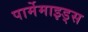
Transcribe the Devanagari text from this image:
पार्मेमाइड्स